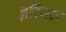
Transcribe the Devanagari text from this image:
इरिंगल